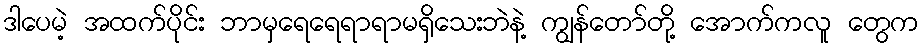
ဒါပေမဲ့ အထက်ပိုင်း ဘာမှရေရေရာရာမရှိသေးဘဲနဲ့ ကျွန်တော်တို့ အောက်ကလူ တွေက